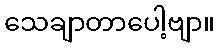
သေချာတာပေါ့ဗျာ။